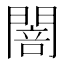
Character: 䦣